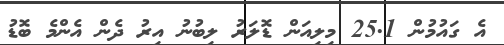
އެ ގައުމުން 25.1 މިލިއަން ޑޮލަރު ލިބުނު އިރު ދެން އެންމެ ބޮޑު